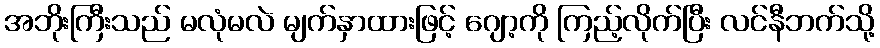
အဘိုးကြီးသည် မလုံမလဲ မျက်နှာထားဖြင့် ဂျော့ကို ကြည့်လိုက်ပြီး လင်နီဘက်သို့